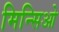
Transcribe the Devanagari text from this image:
मिन्सिओ